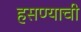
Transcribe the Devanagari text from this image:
हसण्याची